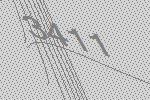
3411